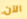
الآن